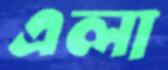
এলা